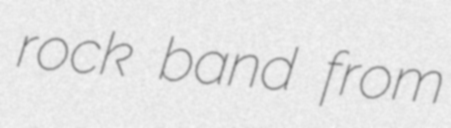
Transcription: rock band from